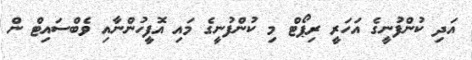
އަދި ކުންފުނީގެ އަހަރީ ރިޕޯޓް މި ކުންފުނީގެ މައި އޮފީހުންނާއި ވެބްސައިޓް ން